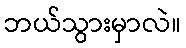
ဘယ်သွားမှာလဲ။